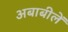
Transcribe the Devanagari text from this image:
अबाबीलें